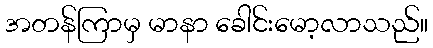
အတန်ကြာမှ မာနာ ခေါင်းမော့လာသည်။